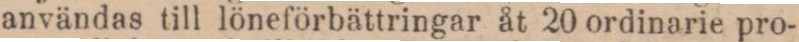
användas till löneförbättringar åt 20 ordinarie pro-